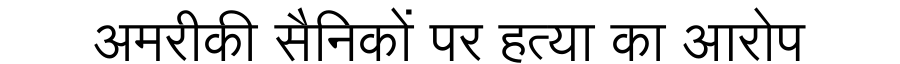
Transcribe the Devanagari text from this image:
अमरीकी सैनिकों पर हत्या का आरोप